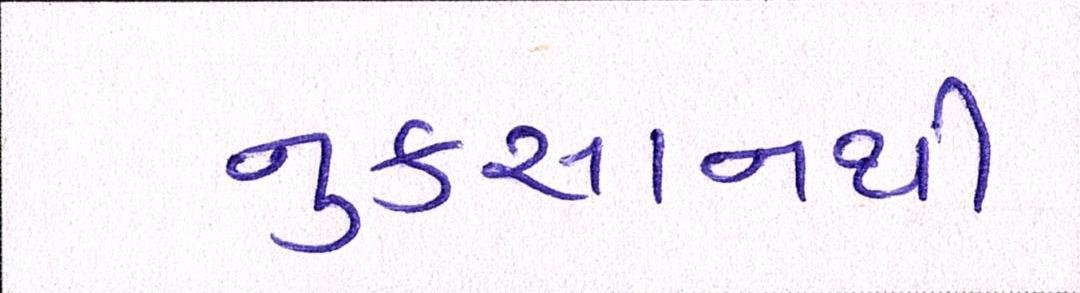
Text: નુકસાનથી